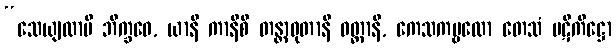
“သေယျထာပိ ဘိက္ခဝေ, ယာနိ ကာနိစိ တန္တာဝုတာနိ ဝတ္ထာနိ, ကေသကမ္ဗလော တေသံ ပဋိကိဋ္ဌော